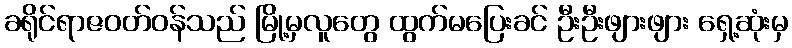
ခရိုင်ရာဇဝတ်ဝန်သည် မြို့မှလူတွေ ထွက်မပြေးခင် ဦးဦးဖျားဖျား ရှေ့ဆုံးမှ